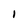
Character: 1